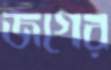
জগের